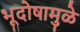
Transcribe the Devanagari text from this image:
भूदोषामुळे